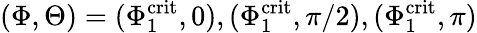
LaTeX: (\Phi,\Theta)=(\Phi_{1}^{\mathrm{crit}},0),(\Phi_{1}^{\mathrm{crit}},\pi/2),(\Phi_{1}^{\mathrm{crit}},\pi)